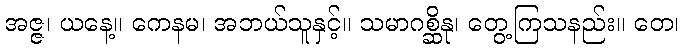
အဇ္ဇ၊ ယနေ့။ ကေနမ၊ အဘယ်သူနှင့်။ သမာဂစ္ဆိနု၊ တွေ့ကြသနည်း။ တေ၊